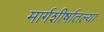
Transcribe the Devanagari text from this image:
मार्गशीर्षातल्या